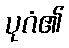
ပုဂံ၏